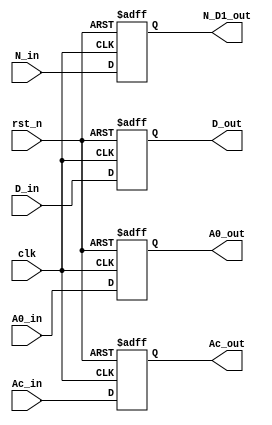
module R16_PipeReg4_2(A0_out,                           
					  Ac_out,                           
					  N_D1_out,                         
					  D_out,                            
                      A0_in,                            
					  Ac_in,                            
					  N_in,                             
					  D_in,                             
                      rst_n,                            
                      clk                               
                      ) ;                               
                                                        
parameter P_WIDTH     = 64 ;                            
parameter P_ZERO      = 64'h0 ;                         
                                                        
                                                        
output [P_WIDTH-1:0] A0_out ;                           
output               Ac_out ;                           
output [P_WIDTH-1:0] N_D1_out ;                         
output [P_WIDTH-1:0] D_out ;                            
                                                        
input [P_WIDTH-1:0]  A0_in ;                            
input                Ac_in ;                            
input [P_WIDTH-1:0]  N_in ;                             
input [P_WIDTH-1:0]  D_in ;                             
input                rst_n ;                            
input                clk ;                              
                                                        
reg [P_WIDTH-1:0]  A0_out ;                             
reg                Ac_out ;                             
reg [P_WIDTH-1:0]  N_D1_out ;                           
reg [P_WIDTH-1:0]  D_out ;                              
                                                        
                                                        
	//                                                  
	always @(posedge clk or negedge rst_n) begin        
		if(~rst_n) begin                                
			A0_out <= P_ZERO ;                          
			Ac_out <= 1'b0 ;                            
			N_D1_out <= P_ZERO ;                        
			D_out <= P_ZERO ;                           
		end                                             
		else begin                                      
			A0_out <= A0_in ;                           
			Ac_out <= Ac_in ;                           
			N_D1_out <= N_in ;                          
			D_out <= D_in ;                             
		end                                             
	end                                                 
                                                        
endmodule